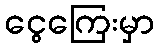
ငွေကြေးမှာ